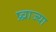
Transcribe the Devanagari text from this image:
प्र्व्राज्या